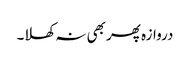
دروازہ پھر بھی نہ کھلا۔